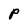
Character: P